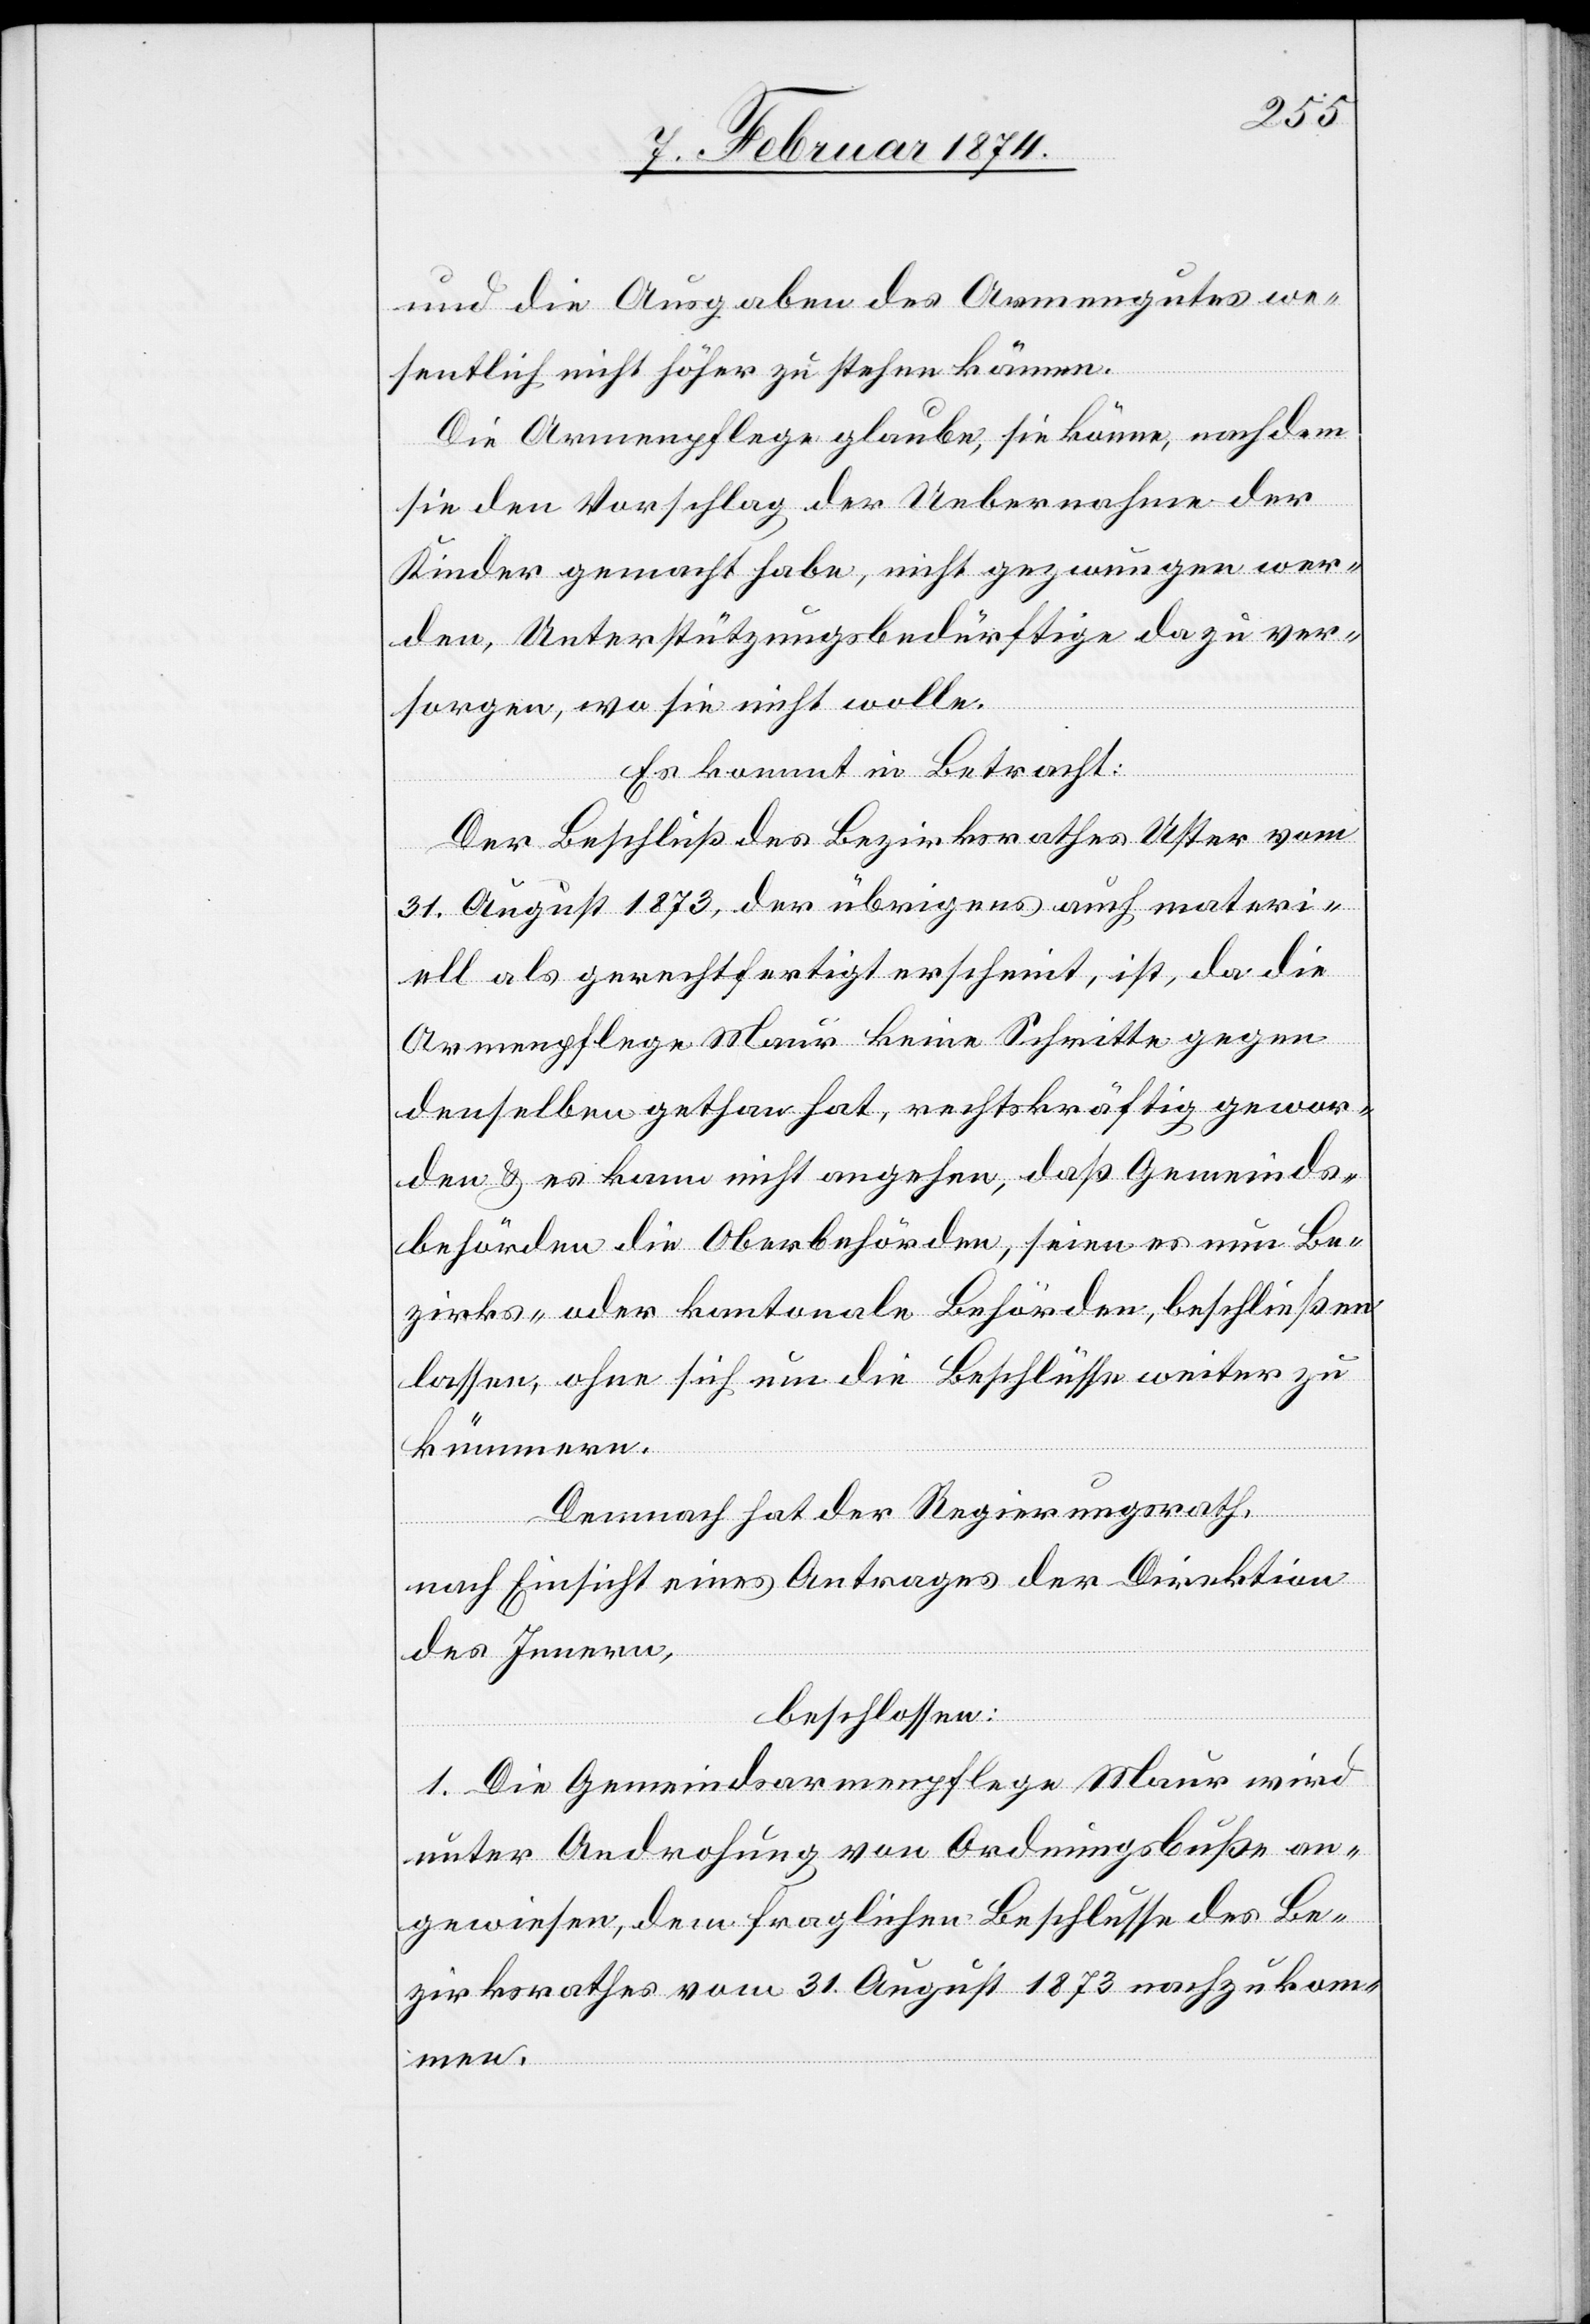
und die Ausgaben des Armengutes we¬
sentlich nicht höher zu stehen kämen.
Die Armenpflege glaube, sie könne, nachdem
sie den Vorschlag der Uebernahme der
Kinder gemacht habe, nicht gezwungen wer¬
den, Unterstützungsbedürftige dazu ver¬
sorgen, wo sie nicht wolle.
Es kommt in Betracht:
Der Beschluß des Bezirksrathes Uster vom
31. August 1873, der übrigens auch materi¬
ell als gerechtfertigt erscheint, ist, da die
Armenpflege Maur keine Schritte gegen
denselben gethan hat, rechtskräftig gewor¬
den u. es kann nicht angehen, daß Gemeinds¬
behörden die Oberbehörden, seien es nun Be¬
zirks- oder kantonale Behörden, beschließen
lassen, ohne sich um die Beschlüsse weiter zu
kümmern.
Demnach hat der Regierungsrath,
nach Einsicht eines Antrages der Direktion
des Innern,
beschlossen:
1. Die Gemeindsarmenpflege Maur wird
unter Androhung von Ordnungsbuße an¬
gewiesen, dem fraglichen Beschlusse des Be¬
zirksrathes vom 31. August 1873 nachzukom¬
men.